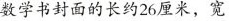
数学书封面的长约26厘米，宽